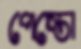
পেস্তো